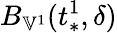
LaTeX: B_{\mathbb{V}^{1}}(t_{*}^{1},\delta)